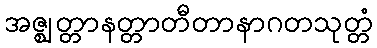
အဇ္ဈတ္တာနတ္တာတီတာနာဂတသုတ္တံ